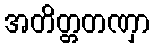
အတိတ္တတဏှာ